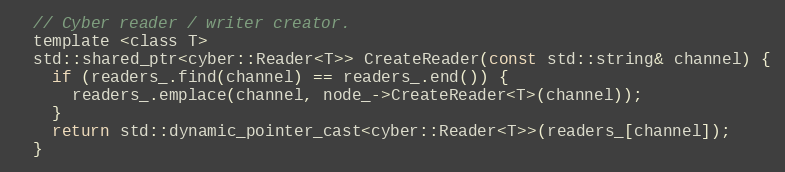
Language: C
  // Cyber reader / writer creator.
  template <class T>
  std::shared_ptr<cyber::Reader<T>> CreateReader(const std::string& channel) {
    if (readers_.find(channel) == readers_.end()) {
      readers_.emplace(channel, node_->CreateReader<T>(channel));
    }
    return std::dynamic_pointer_cast<cyber::Reader<T>>(readers_[channel]);
  }